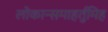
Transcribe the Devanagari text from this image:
लोकान्समाहर्तुमिह